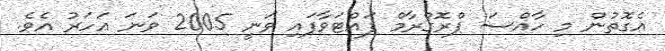
އެގޮތުން މި ހާއްސަ ޕްރޮގްރާމް ފައްޓަވާފައި ވަނީ 2005 ވަނަ އަހަރު އެވެ.